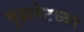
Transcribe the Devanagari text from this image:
यूझनेटच्या